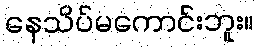
နေသိပ်မကောင်းဘူး။